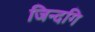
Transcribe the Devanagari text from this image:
जिन्दगि